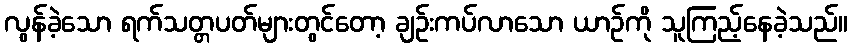
လွန်ခဲ့သော ရက်သတ္တပတ်များတွင်တော့ ချဉ်းကပ်လာသော ယာဉ်ကို သူကြည့်နေခဲ့သည်။